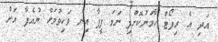
އަދި އެ ރިޕޯޓް ހާމަނުކޮށްފި ނަމަ ފީފާ އިން ވަކިވުމަށް ޔުއެފާ އަށް